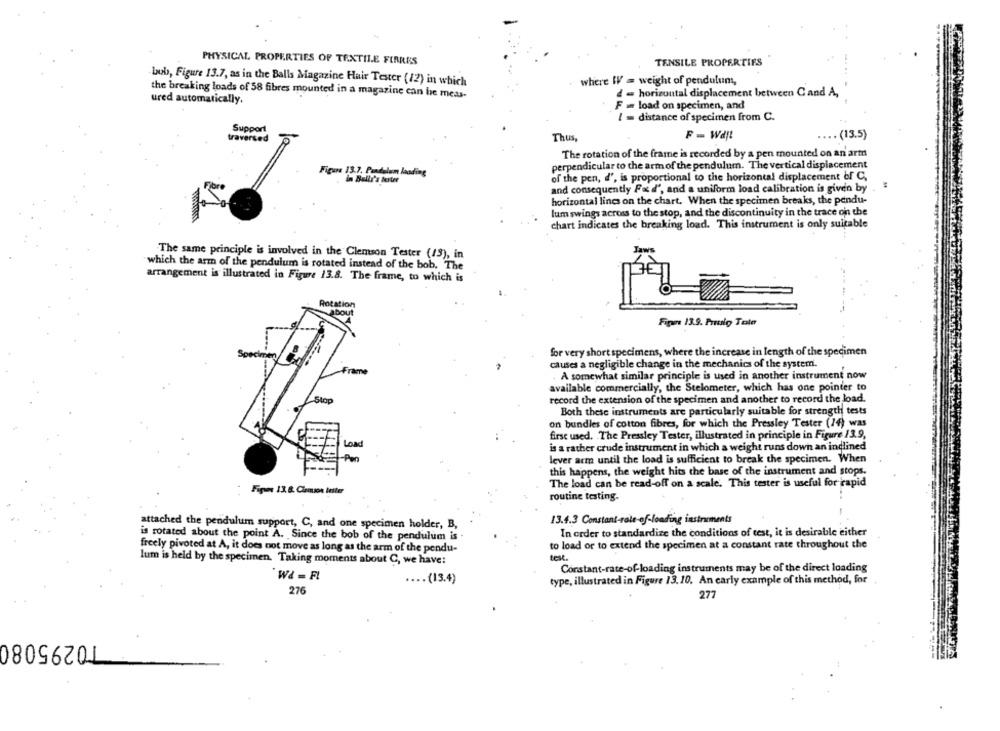
PHYSICAL PROPERTIES OF TEXTILE FIBRES
TENSILE PROPERTIES
where W = weight of pendulum,
Laks, Figure 13.7, as in the Balls Magazine Hair Tester (12) in which
the breaking loads of 58 fibres mounted in a magazine can be meas-
d = horizontal displacement between Cand A,
ured automatically.
F . load on specimen, and
I = distance of specimen from C.
Thus,
.... (13.5}
The rotation of the frame is recorded by a pen mounted on an art
perpendicular to the armof the pendulum. The vertical displacement
re 13.7. Pandelem laading
of the pen, d', is proportional to the horizontal displacement of C,
in Belli's tour
and consequently Fx d', and a uniform load calibration is given by
horizontal lines on the chart. When the specimen breaks, the pendu-
lum swings across to the stop, and the discontinuity in the trace on the
chart indicates the breaking load. This instrument is only suitable
Jaws
The same principle is involved in the Clemson Tester (13), in
which the arm of the pendulum is rotated instead of the bob. The
arrangement is illustrated in Figure 13.8. The frame, to which is
Rotation
about
Finn 13.9. Pruusig Tole
for very short specimens, where the increase in length of the specimen
causes a negligible change in the mechanics of the system.
Frame
A somewhat similar principle is used in another instrument now
available commercially, the Stelometer, which has one pointer to
Stop
record the extension of the specimen and another to record the load.
Both these instruments are particularly suitable for strength tests
on bundles of cotton fibres, for which the Pressley Tester (14) was
first used. The Pressley Tester, illustrated in principle in Figure /3.9,
Load
is a rather crude instrument in which a weight runs down an indlined
-Pen
lever arm until the load is sufficient to break the specimen. When
this happens, the weight hits the base of the instrument and stops.
The load can be read-off on a scale. This tester is useful for rapid
Figure 13.8. Clemson tester
routine testing.
13.4.3 Constant-role-of-loading instruments
attached the pendulum support, C, and one specimen holder, B,
In order to standardize the conditions of test, it is desirable either
is rotated about the point A. Since the bob of the pendulum is
freely pivoted at A, it does not move as long as the arm of the pendu-
to load or to extend the specimen at a constant rate throughout the
test.
lum is held by the specimen. Taking moments about C, we have:
Constant-rate-of-loading instruments may be of the direct loading
W& = F!
.... (13.4)
type, illustrated in Figure 13.10. An carly example of this method, for
276
277
10295080